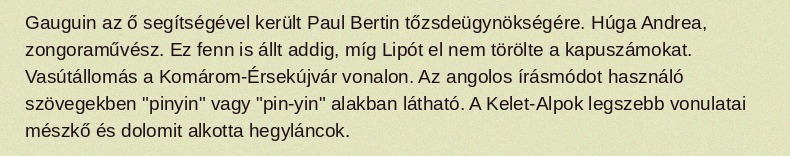
Gauguin az ő segítségével került Paul Bertin tőzsdeügynökségére. Húga Andrea, zongoraművész. Ez fenn is állt addig, míg Lipót el nem törölte a kapuszámokat. Vasútállomás a Komárom-Érsekújvár vonalon. Az angolos írásmódot használó szövegekben "pinyin" vagy "pin-yin" alakban látható. A Kelet-Alpok legszebb vonulatai mészkő és dolomit alkotta hegyláncok.